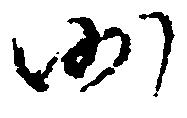
沙